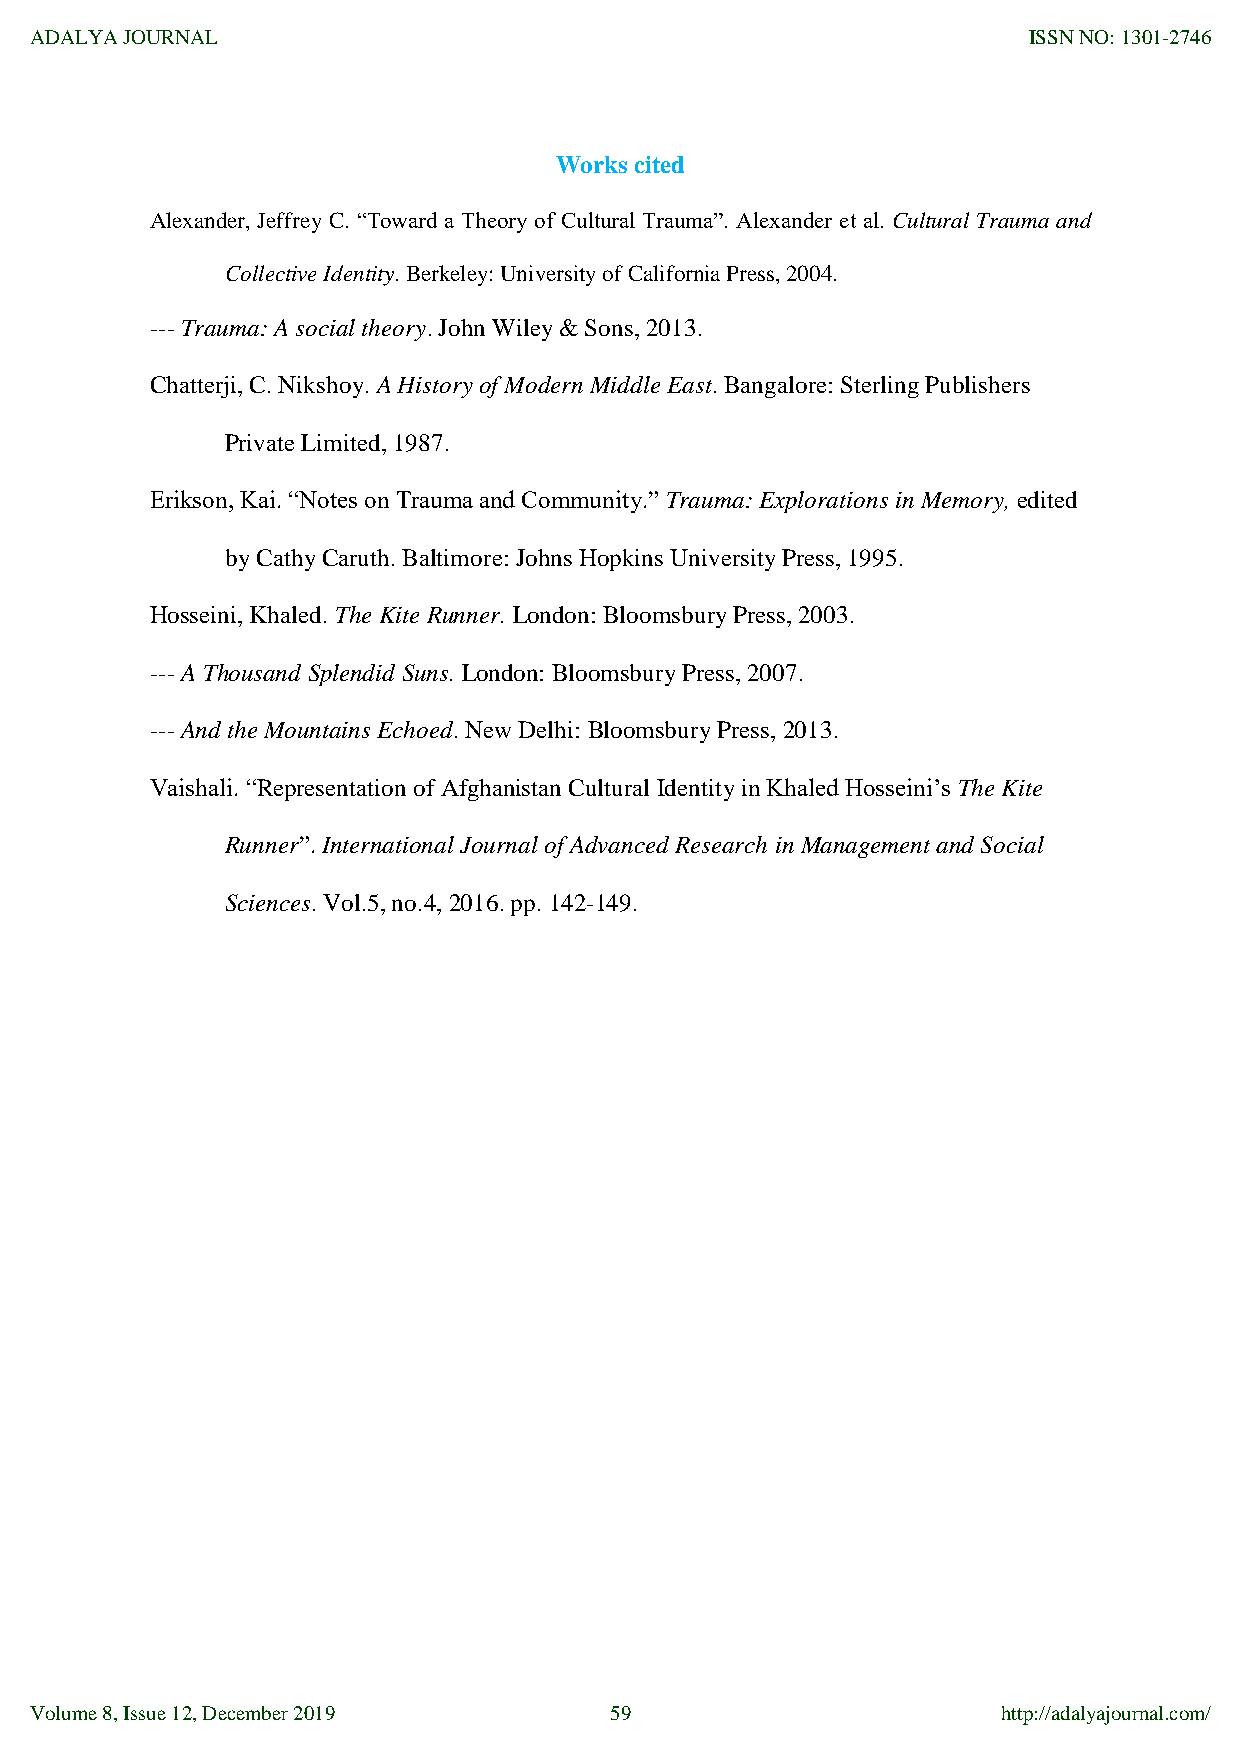
ADALYA JOURNAL                                                    ISSN NO: 1301-2746
 Works cited
 Alexander, Jeffrey C. “Toward a Theory of Cultural Trauma”. Alexander et al. Cultural Trauma and
 Collective Identity. Berkeley: University of California Press, 2004.
 --- Trauma: A social theory. John Wiley & Sons, 2013.
 Chatterji, C. Nikshoy. A History of Modern Middle East. Bangalore: Sterling Publishers
 Private Limited, 1987.
 Erikson, Kai. “Notes on Trauma and Community.” Trauma: Explorations in Memory, edited
 by Cathy Caruth. Baltimore: Johns Hopkins University Press, 1995.
 Hosseini, Khaled. The Kite Runner. London: Bloomsbury Press, 2003.
 --- A Thousand Splendid Suns. London: Bloomsbury Press, 2007.
 --- And the Mountains Echoed. New Delhi: Bloomsbury Press, 2013.
 Vaishali. “Representation of Afghanistan Cultural Identity in Khaled Hosseini‟s The Kite
 Runner”. International Journal of Advanced Research in Management and Social
 Sciences. Vol.5, no.4, 2016. pp. 142-149.
 Volume 8, Issue 12, December 2019     59                        http://adalyajournal.com/